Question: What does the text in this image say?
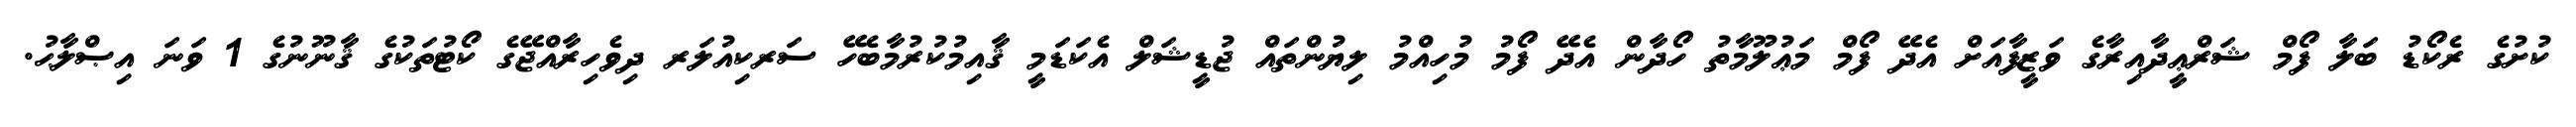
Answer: ކުށުގެ ރެކޯޑު ބަލާ ފޯމް ޝަރްޢީދާއިރާގެ ވަޒީފާއަށް އެދޭ ފޯމް މަޢުލޫމާތު ހޯދާން އެދޭ ފޯމު މުހިއްމު ލިޔުންތައް ޖުޑީޝަލް އެކަޑަމީ ޤާއިމުކުރުމާބެހޭ ސަރކިއުލަރ ދިވެހިރާއްޖޭގެ ކޯޓުތަކުގެ ޤާނޫނުގެ 1 ވަނަ އިޞްލާޙު.